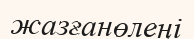
жазғанөлеңі